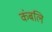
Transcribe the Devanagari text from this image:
कंबलि